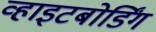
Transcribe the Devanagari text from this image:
व्हाइटबोर्डिंग